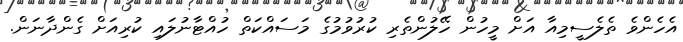
އެހެންވެ ތެލެސީމިއާ އަށް މީހުން ހޭލުންތެރި ކުރުވުމުގެ މަސައްކަތް ހުއްޓާނުލައި ކުރިއަށް ގެންދާނަން.